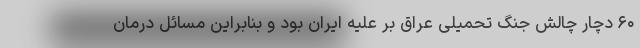
۶۰ دچار چالش جنگ تحمیلی عراق بر علیه ایران بود و بنابراین مسائل درمان